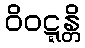
ဝိဝဋ္ဋန္တိ